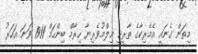
މިތަން ގެނައީ އެމެރިކާގެ ތާރީޚީ ޢިލްމުވެރިޔާ ހިރާމް ބިންހަމް 1911 ވަނަ އަހަރު